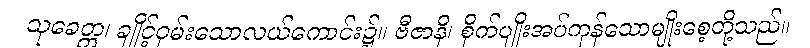
သုခေတ္တ၊ ချိုင့်ဝှမ်းသောလယ်ကောင်း၌။ ဗီဇာနိ၊ စိုက်ပျိုးအပ်ကုန်သောမျိုးစေ့တို့သည်။